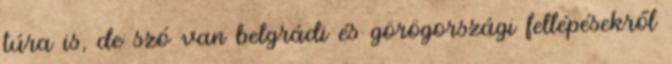
túra is, de szó van belgrádi és görögországi fellépésekről